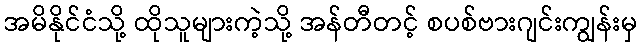
အမိနိုင်ငံသို့ ထိုသူများကဲ့သို့ အန်တီတင့် စပစ်ဗားဂျင်းကျွန်းမှ